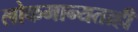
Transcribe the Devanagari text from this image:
लोकमान्यताही